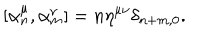
[ \alpha _ { n } ^ { \mu } , \alpha _ { m } ^ { \nu } ] = n \eta ^ { \mu \nu } \delta _ { n + m , 0 } .